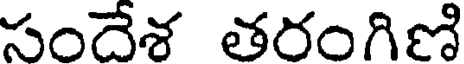
సందేశ తరంగిణి